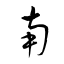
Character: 南